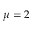
\mu = 2